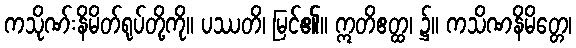
ကသိုဏ်းနိမိတ်ရုပ်တို့ကို။ ပဿတိ၊ မြင်၏။ ဣတိဧတ္ထ၊ ၌။ ကသိဏနိမိတ္တေ၊